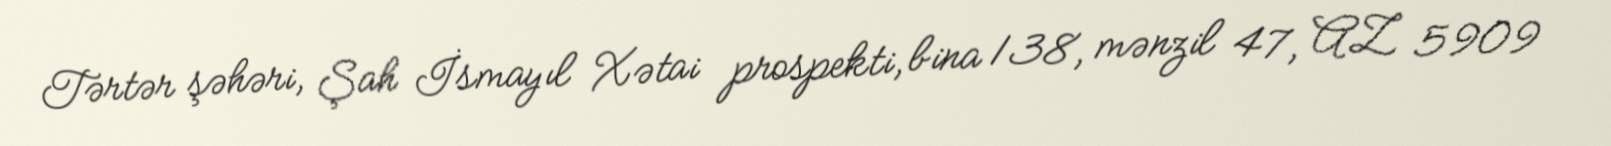
Tərtər şəhəri, Şah İsmayıl Xətai prospekti, bina 138, mənzil 47, AZ 5909